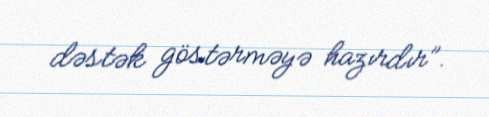
dəstək göstərməyə hazırdır”.